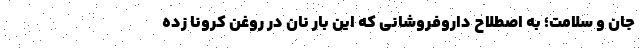
جان و سلامت‌؛ به اصطلاح داروفروشانی که این بار نان در روغن کرونا زده‌